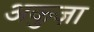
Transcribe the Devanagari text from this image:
अकुज़ा